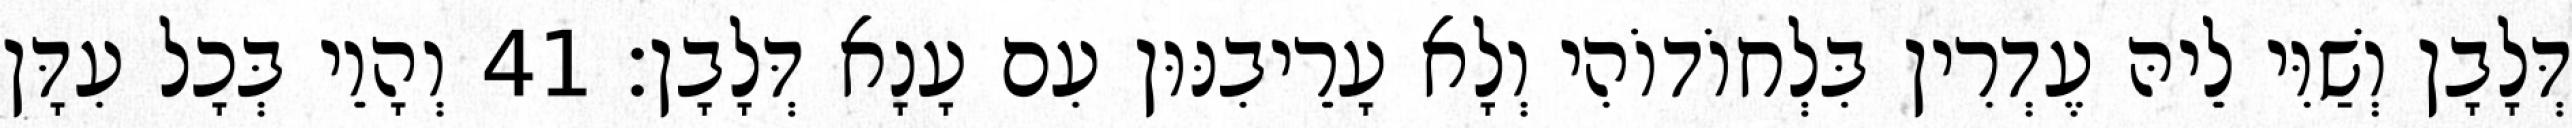
דְּלָבָן וְשַׁוִּי לֵיהּ עֶדְרִין בִּלְחוֹדוֹהִי וְלָא עָרֵיבִנּוּן עִם עָנָא דְּלָבָן׃ 41 וְהָוֵי בְּכָל עִדָּן